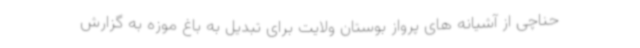
حناچی از آشیانه های پرواز بوستان ولایت برای تبدیل به باغ موزه به گزارش